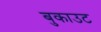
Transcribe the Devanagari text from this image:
बुकाउट